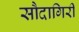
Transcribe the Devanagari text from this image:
सौदागिरी